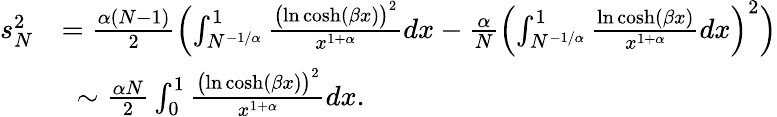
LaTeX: \begin{array}{rl}{s_{N}^{2}}&{=\frac{\alpha(N-1)}{2}\Bigl(\int_{N^{-1/\alpha}}^{1}\frac{\bigl(\ln\cosh(\beta x)\bigr)^{2}}{x^{1+\alpha}}dx-\frac{\alpha}{N}\Bigl(\int_{N^{-1/\alpha}}^{1}\frac{\ln\cosh(\beta x)}{x^{1+\alpha}}dx\Bigr)^{2}\Bigr)}\\ &{~\sim\frac{\alpha N}{2}\int_{0}^{1}\frac{\bigl(\ln\cosh(\beta x)\bigr)^{2}}{x^{1+\alpha}}dx.}\end{array}